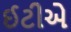
ઈટીએ